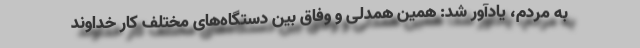
به مردم، یادآور شد: همین همدلی و وفاق بین دستگاه‌های مختلف کار خداوند